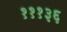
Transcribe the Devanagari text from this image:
१११३६